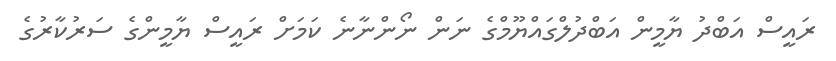
ރައީސް އަބްދު ޔާމީން އަބްދުލްގައްޔޫމްގެ ނަން ނޯންނާނެ ކަމަށް ރައީސް ޔާމީންގެ ސަރުކާރުގެ